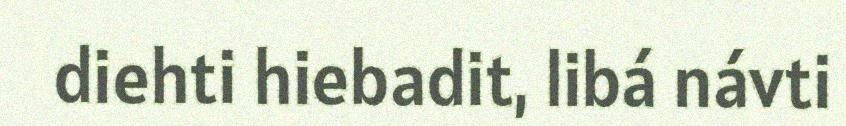
diehti hiebadit, libá návti